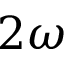
2 \omega